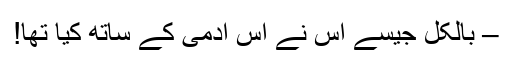
– بالکل جیسے اُس نے اِس آدمی کے ساتھ کیا تھا!